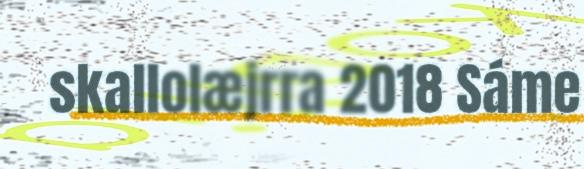
skallolæjrra 2018 Sáme